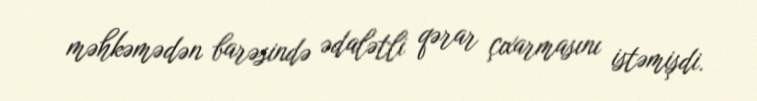
məhkəmədən barəsində ədalətli qərar çıxarmasını istəmişdi.